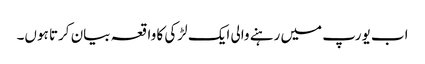
اب یورپ میں رہنے والی ایک لڑکی کا واقعہ بیان کرتا ہوں۔